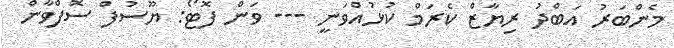
މެންބަރު އަބްދު ރިޔާޒް ކެރަމް ކުޅުއްވަނީ --- ވަން ފޮޓޯ: ޔޫސުފް ސޮފްވާން